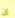
إن